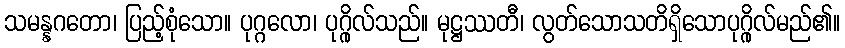
သမန္နဂတော၊ ပြည့်စုံသော။ ပုဂ္ဂလော၊ ပုဂ္ဂိုလ်သည်။ မုဋ္ဌဿတီ၊ လွတ်သောသတိရှိသောပုဂ္ဂိုလ်မည်၏။